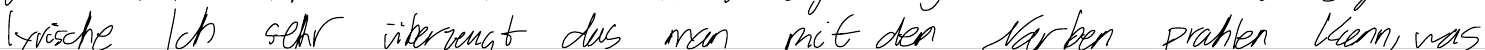
lyrische Ich sehr überzeugt das man mit den Narben prahlen kann, was